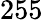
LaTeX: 255